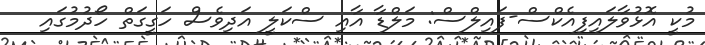
މުކީ އޮޅުވާލައިފިއެކްސް-ފައިލްސް: މަލްޑާ އާއި ސްކަލީ އަދިވެސް ހަގީގަތް ހޯދުމުގައި